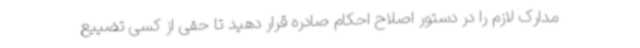
مدارک لازم را در دستور اصلاح احکام صادره قرار دهید تا حقی از کسی تضییع